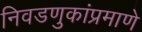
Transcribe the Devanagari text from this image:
निवडणुकांप्रमाणे